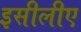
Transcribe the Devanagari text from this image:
इसीलीए